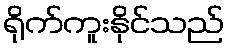
ရိုက်ကူးနိုင်သည်